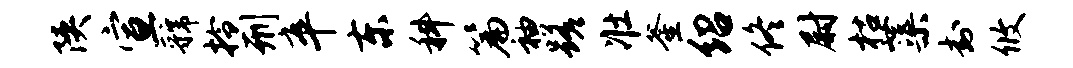
陕宣虢拎刑卒东科篇袖蹉壮釜绍佟尉枯蕖封攸